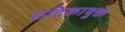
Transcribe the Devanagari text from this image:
छदिकायुक्त